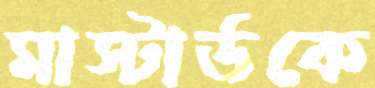
মাস্টার্ডকে